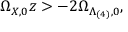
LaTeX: \Omega _ { X , 0 } z > - 2 \Omega _ { \Lambda _ { ( 4 ) } , 0 } ,